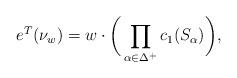
LaTeX: \begin{align*} e^T(\nu_w) = w\cdot \bigg(\prod_{\alpha \in \Delta^+} c_1(S_{\alpha})\bigg),\end{align*}